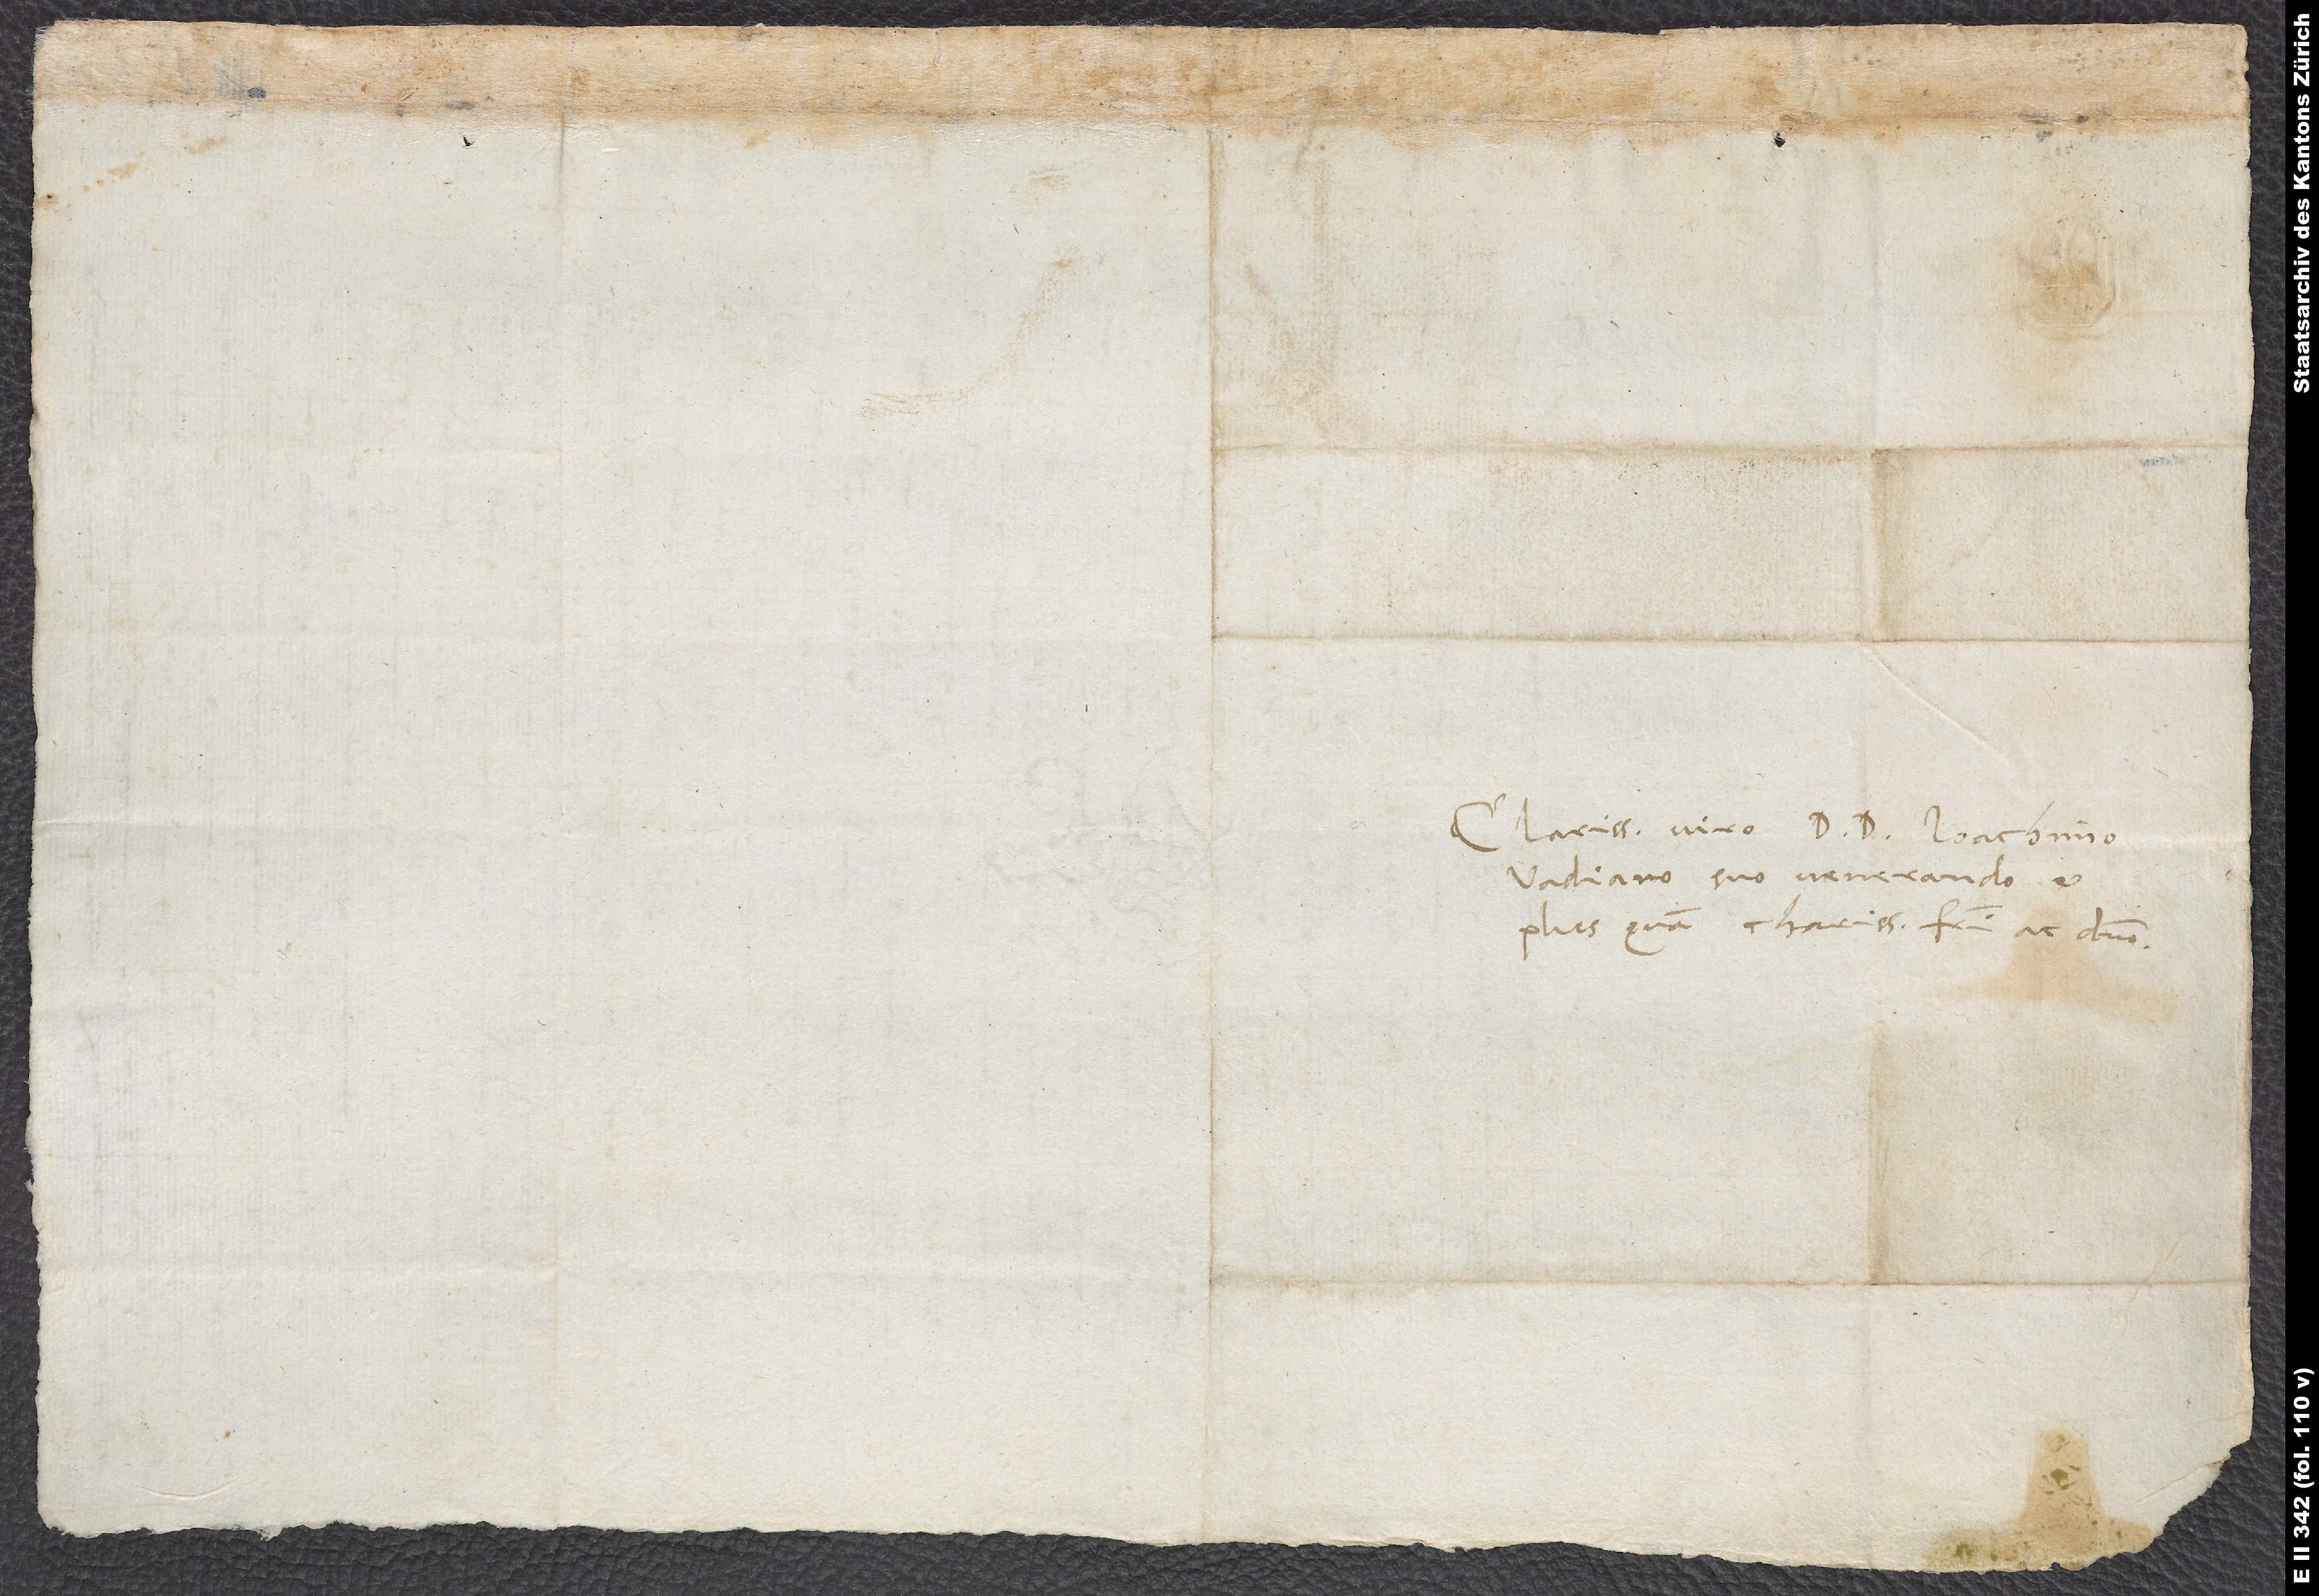
Clarissimo viro D. D. Ioachimo
Vadiano, suo venerando et
plus quam charissimo fratri ac domino.